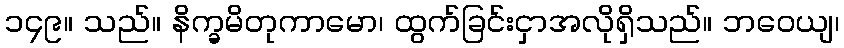
၁၄၉။ သည်။ နိက္ခမိတုကာမော၊ ထွက်ခြင်းငှာအလိုရှိသည်။ ဘဝေယျ၊